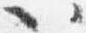
以